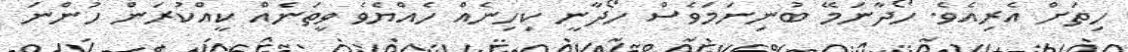
ހިތަށް އެރިއެވެ. ހޯދާނަމޭ ބުނިނަމަވެސް ހޯދާނީ ކިހިނެއް ހެއްޔެވެ ވީތަނެއް ކީއްކުރަން ހުންނަ